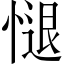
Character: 𢟔